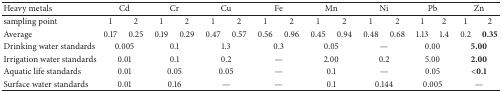
<table><thead><tr><td><b>Heavy metals</b></td><td colspan="2"><b>Cd</b></td><td colspan="2"><b>Cr</b></td><td colspan="2"><b>Cu</b></td><td colspan="2"><b>Fe</b></td><td colspan="2"><b>Mn</b></td><td colspan="2"><b>Ni</b></td><td colspan="2"><b>Pb</b></td><td colspan="2"><b>Zn</b></td></tr></thead><tbody><tr><td>sampling point</td><td>1</td><td>2</td><td>1</td><td>2</td><td>1</td><td>2</td><td>1</td><td>2</td><td>1</td><td>2</td><td>1</td><td>2</td><td>1</td><td>2</td><td>1 </td><td>2</td></tr><tr><td>Average</td><td>0.17</td><td>0.25</td><td>0.19</td><td>0.29</td><td>0.47</td><td>0.57</td><td>0.56</td><td>0.96</td><td>0.45</td><td>0.94</td><td>0.48</td><td>0.68</td><td>1.13</td><td>1.4</td><td>0.2</td><td><b>0.35</b></td></tr><tr><td>Drinking water standards</td><td colspan="2">0.005</td><td colspan="2">0.1</td><td colspan="2">1.3</td><td colspan="2">0.3</td><td colspan="2">0.05</td><td colspan="2">—</td><td colspan="2">0.00</td><td colspan="2"><b>5.00</b></td></tr><tr><td>Irrigation water standards</td><td colspan="2">0.01</td><td colspan="2">0.1</td><td colspan="2">0.2</td><td colspan="2">—</td><td colspan="2">2.00</td><td colspan="2">0.2</td><td colspan="2">5.00</td><td colspan="2"><b>2.00</b></td></tr><tr><td>Aquatic life standards</td><td colspan="2">0.01</td><td colspan="2">0.05</td><td colspan="2">0.05</td><td colspan="2">—</td><td colspan="2">0.1</td><td colspan="2">—</td><td colspan="2">0.05</td><td colspan="2"><b>&lt;0.1</b></td></tr><tr><td>Surface water standards</td><td colspan="2">0.01</td><td colspan="2">0.16</td><td colspan="2">—</td><td colspan="2">—</td><td colspan="2">0.1</td><td colspan="2">0.144</td><td colspan="2">0.005</td><td colspan="2">—</td></tr></tbody></table>